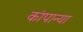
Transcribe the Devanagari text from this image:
कांपान्या